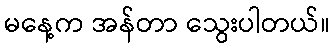
မနေ့က အန်တာ သွေးပါတယ်။